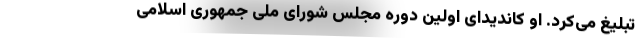
تبلیغ می‌کرد. او کاندیدای اولین دوره مجلس شورای ملی جمهوری اسلامی